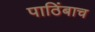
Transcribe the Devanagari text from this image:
पाठिंबाच